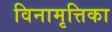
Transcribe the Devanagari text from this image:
विनामृत्तिका